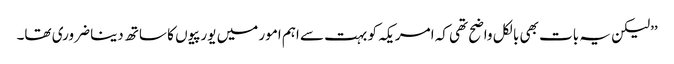
’’لیکن یہ بات بھی بالکل واضح تھی کہ امریکہ کو بہت سے اہم امور میں یورپیوں کا ساتھ دینا ضروری تھا۔